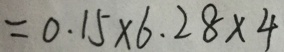
= 0 . 1 5 \times 6 . 2 8 \times 4